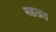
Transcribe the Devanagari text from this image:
महाब्रत